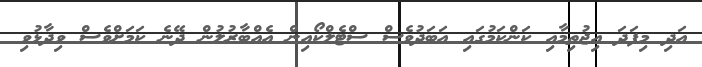
އަދި މިފަދަ އިޖުތިމާއި ކަންކަމުގައި އަބަދުވެސް ސްޓެލްކޯއިން އެއްބާރުލުން ދޭނެ ކަމަށްވެސް ވިދާޅުވި